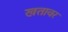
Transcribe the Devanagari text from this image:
खतावर